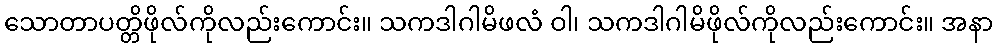
သောတာပတ္တိဖိုလ်ကိုလည်းကောင်း။ သကဒါဂါမိဖလံ ဝါ၊ သကဒါဂါမိဖိုလ်ကိုလည်းကောင်း။ အနာ